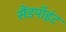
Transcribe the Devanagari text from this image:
सैंडपॉइंट